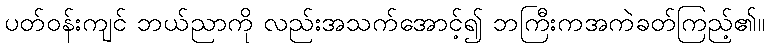
ပတ်ဝန်းကျင် ဘယ်ညာကို လည်းအသက်အောင့်၍ ဘကြီးကအကဲခတ်ကြည့်၏။